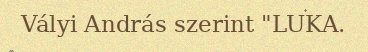
Vályi András szerint "LUKA.